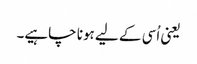
یعنی اُسی کے لیے ہونا چاہیے۔